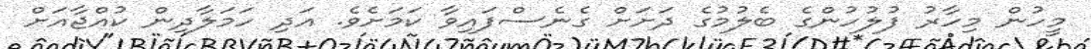
މީހުން މިހާރު ފުލުހުންގެ ބެލުމުގެ ދަށަށް ގެނެސްފައިވާ ކަމަށެވެ. އަދި ހަމަލާދިން ކުއްޖާއަށް